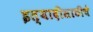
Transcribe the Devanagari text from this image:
इत्यादींसाठीचे